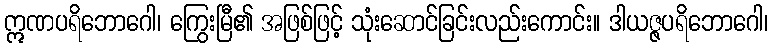
ဣဏပရိဘောဂေါ၊ ကြွေးမြီ၏ အဖြစ်ဖြင့် သုံးဆောင်ခြင်းလည်းကောင်း။ ဒါယဇ္ဇပရိဘောဂေါ၊